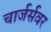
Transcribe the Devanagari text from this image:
चार्जर्सवर